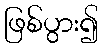
ဖြစ်ပွား၍